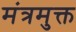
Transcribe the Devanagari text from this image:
मंत्रमुक्त